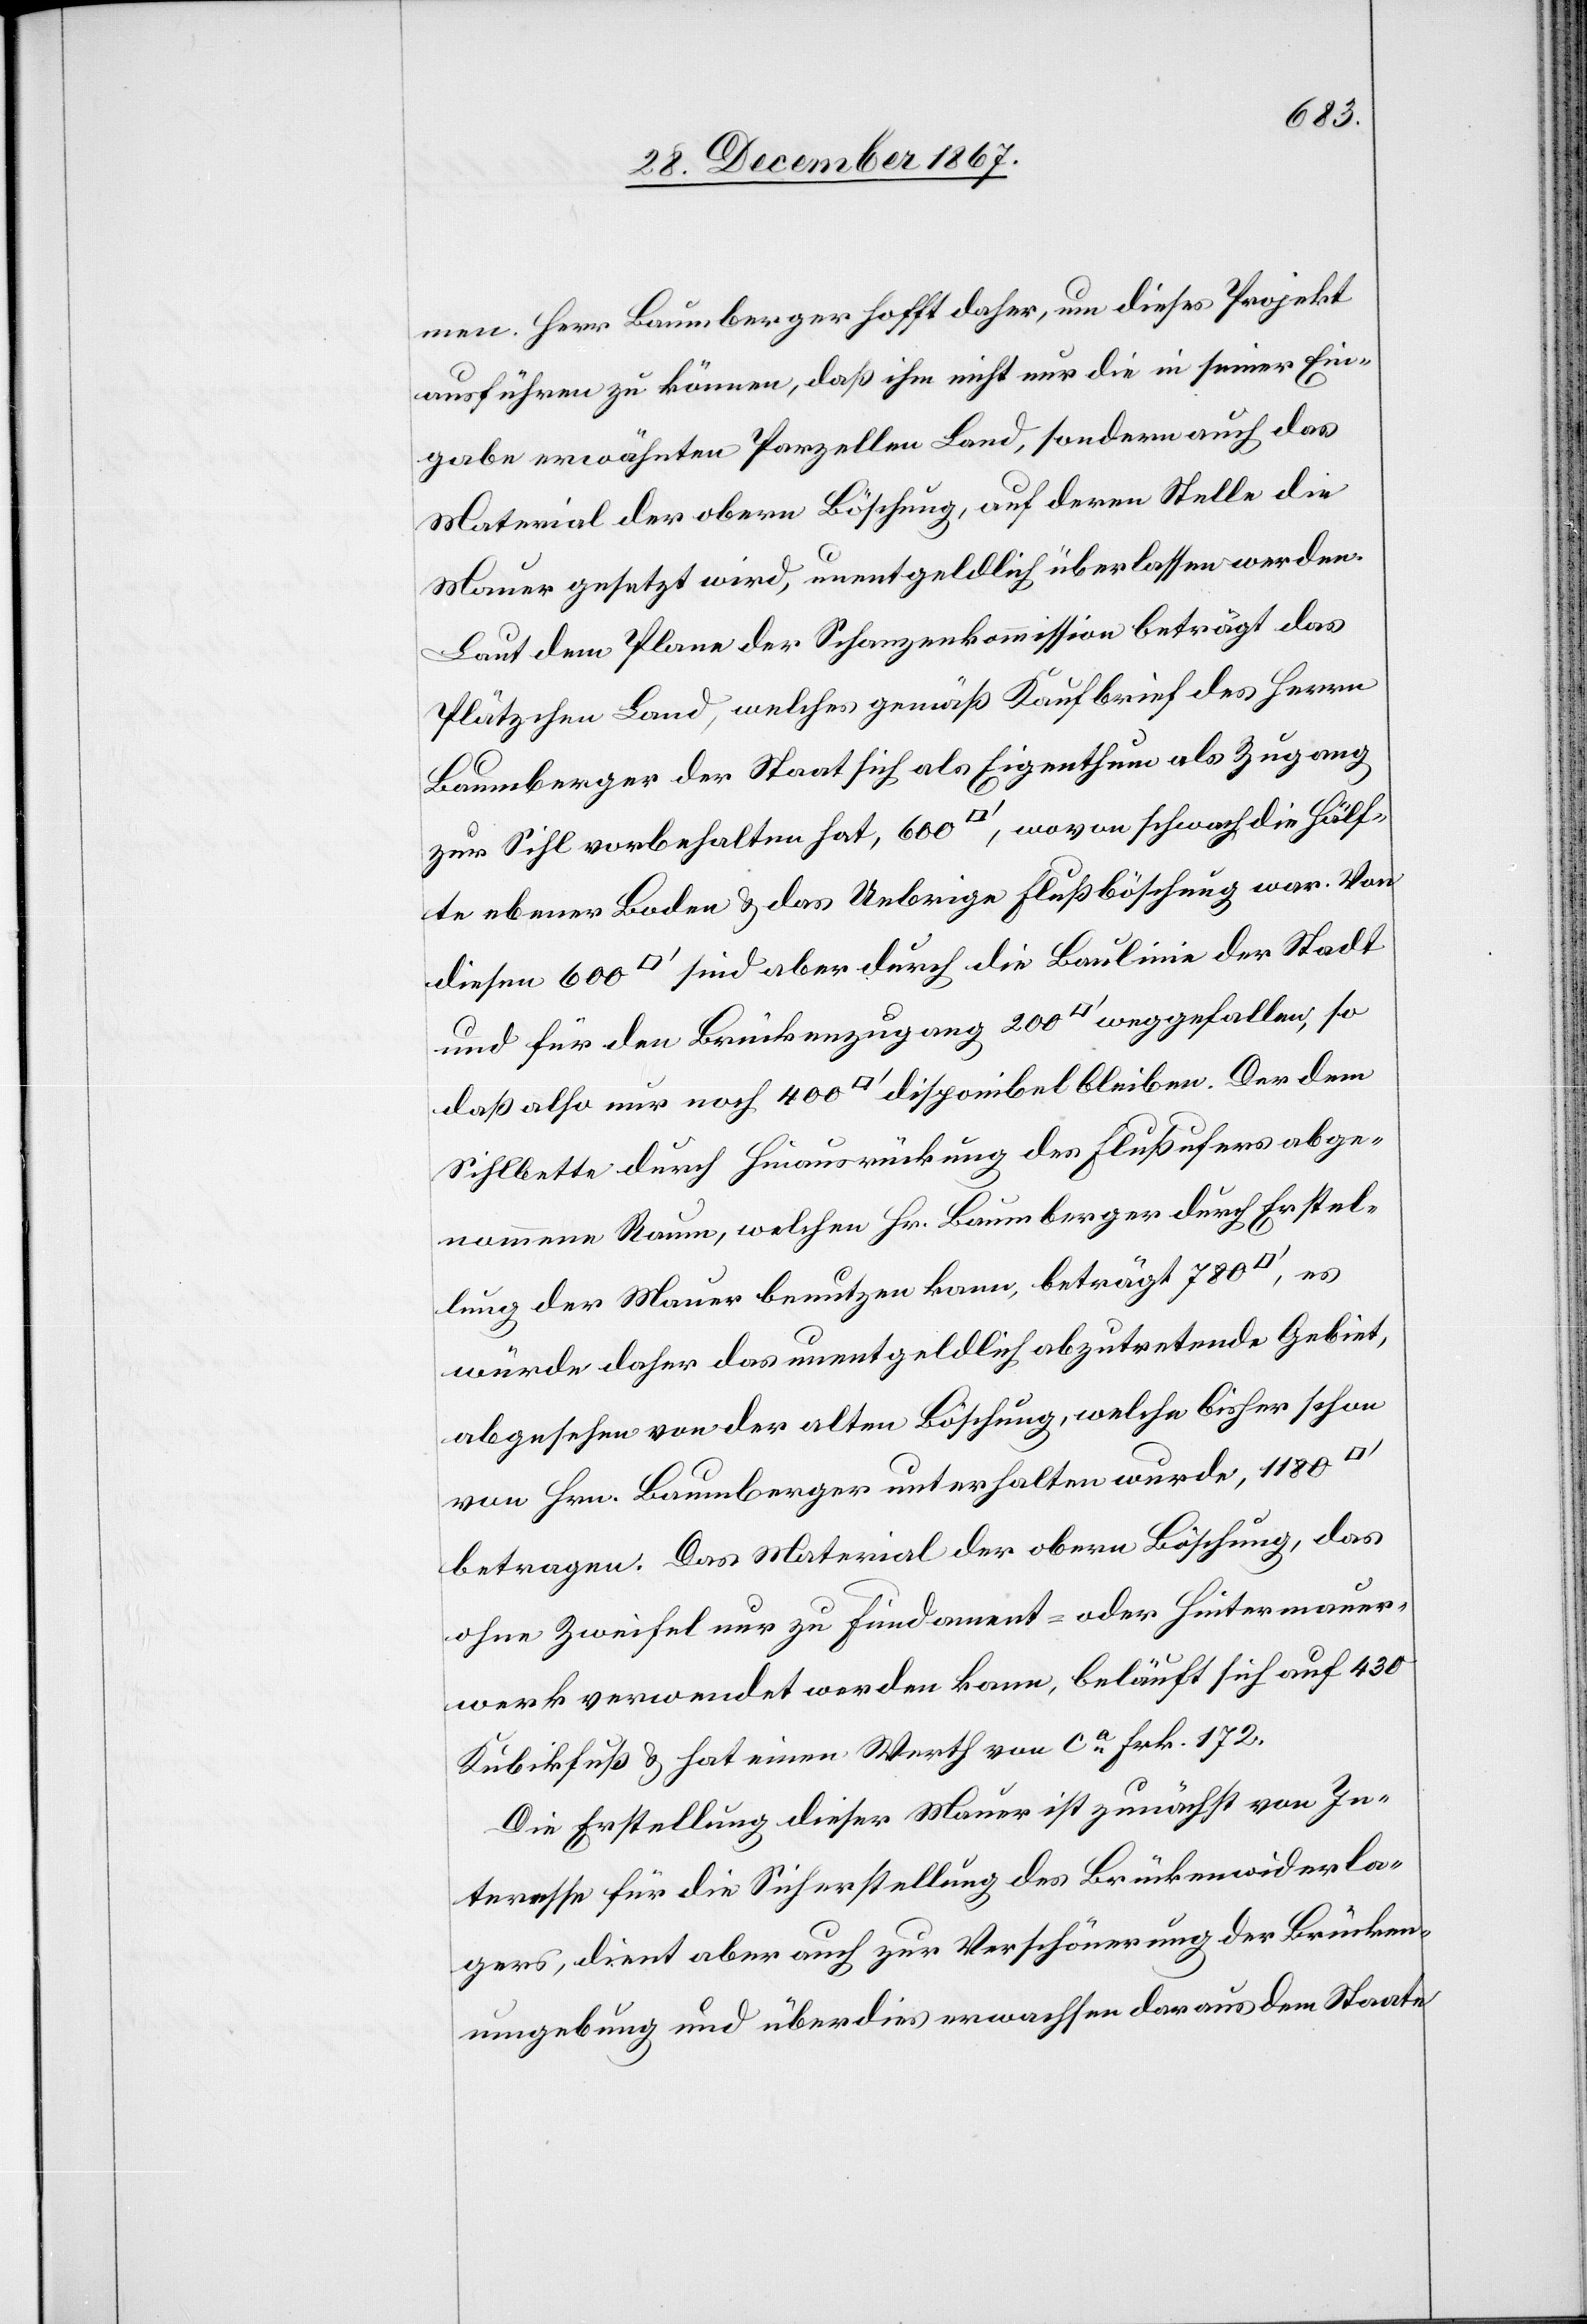
men. Herr Baumberger hofft daher, um dieses Projekt
ausführen zu können, daß ihm nicht nur die in seiner Ein¬
gabe erwähnten Parzellen Land, sondern auch das
Material der obern Böschung, auf deren Stelle die
Mauer gesetzt wird, unentgeldlich überlassen werden.
Laut dem Plane der Schanzenkommission beträgt das
Plätzchen Land, welches gemäß Kaufbrief des Herrn
Baumberger der Staat sich als Eigenthum als Zugang
zur Sihl vorbehalten hat, 600 [Quadratfuß], wovon schwach die Hälf¬
te ebener Boden u. das Uebrige Flußböschung war. Von
diesen 600 [Quadratfuß] sind aber durch die Baulinie der Stadt
und für den Brückenzugang 200 [Quadratfuß] weggefallen, so
daß als nur noch 400 [Quadratfuß] disponibel bleiben. Der dem
Sihlbette durch Hinausrückung des Flußufers abge¬
nommene Raum, welchen Hr. Baumberger durch Erstel¬
lung der Mauer benutzen kann, beträgt 780
würde daher das unentgeldlich abzutretende Gebiet,
abgesehen von der alten Böschung, welche bisher schon
von Hrn. Baumberger unterhalten wurde, 1180
betragen. Das Material der obern Böschung, das
ohne Zweifel nur zu Fundament- oder Hintermauer¬
werk verwendet werden kann beläuft sich auf 430
Kubikfuß u. hat einen Werth von ca Frk. 172.
Die Erstellung dieser Mauer ist zunächst von In¬
teresse für die Sicherstellung des Brückenwiderla¬
gers, dient aber auch zur Verschönerung der Brücken¬
umgebung und überdies erwachsen daraus dem Staate